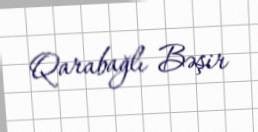
Qarabağlı Bəşir